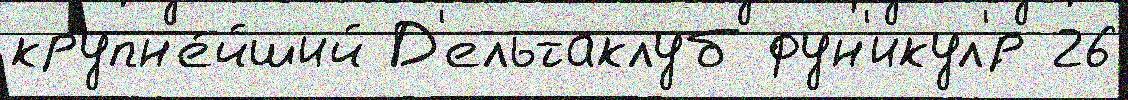
крупн'е́йший Д'ельтаклуб фун'икул'́р 26